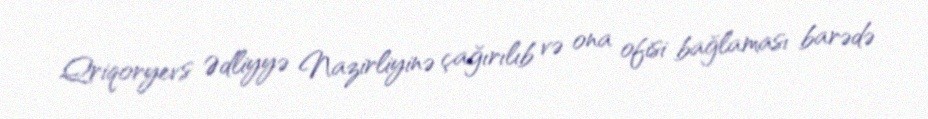
Qriqoryevs Ədliyyə Nazirliyinə çağırılıb və ona ofisi bağlaması barədə